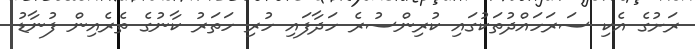
ރަށުގެ އެކި ސަރަހައްދުތަކުގައި ކުރިންސުރެ ހަދާފައި ހުރި ހަތަރު ކާނުގެ ތެރެއިން ފުނާޑު